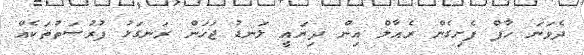
ދެވަނަ ހާފް ފެށިގެން ރެއާލް އިން ދިޔައީ ލަނޑު ޖަހަން ރަނގަޅު ފުރުސަތުތަކެއް